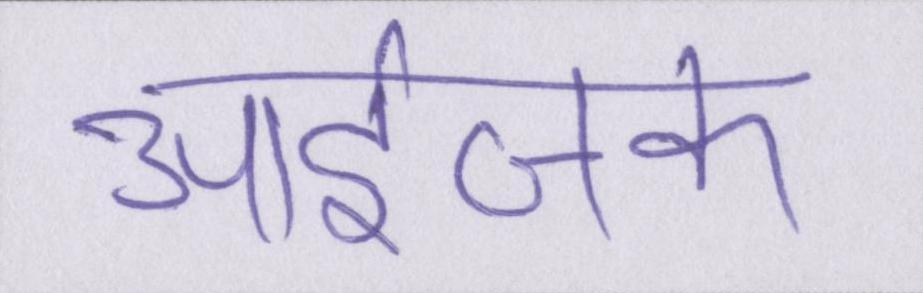
आईजक